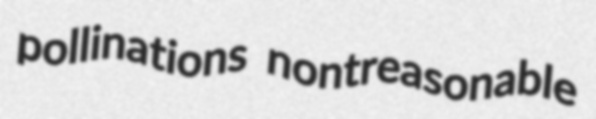
pollinations nontreasonable